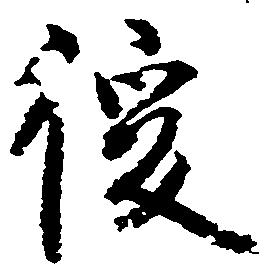
後